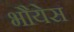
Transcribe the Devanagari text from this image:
भौयेस